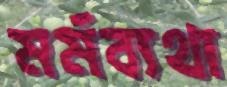
মর্মব্যথা